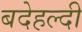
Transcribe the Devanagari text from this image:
बदेहल्दी